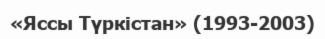
«Яссы Түркістан» (1993-2003)